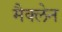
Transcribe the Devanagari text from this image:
मैक्‍लेन